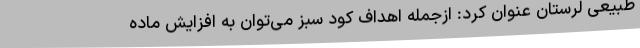
طبیعی لرستان عنوان کرد: ازجمله اهداف کود سبز می‌توان به افزایش ماده